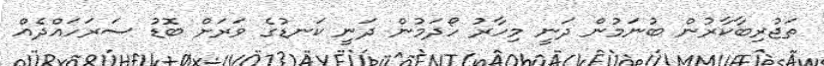
ތަޖުރިބާކާރުން ބުނަމުން ދަނީ މިހާރު ހޯދަމުން ދަނީ ކަނޑުގެ ވަރަށް ބޮޑު ސަރަހައްދެއް